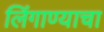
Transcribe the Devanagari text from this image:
लिंगाण्याचा